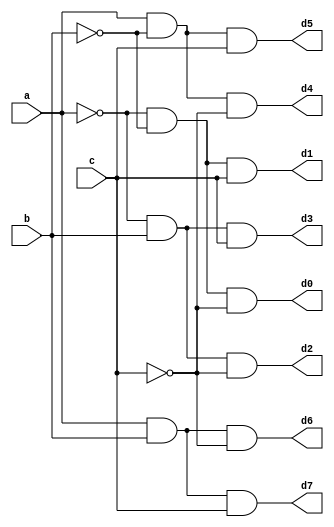
//3 to 8 decoder design
module Decoder(a,b,c,d0,d1,d2,d3,d4,d5,d6,d7);
	input a,b,c;
	output d0,d1,d2,d3,d4,d5,d6,d7;
	assign d0=(~a&~b&~c),
	d1=(~a&~b&c),
	d2=(~a&b&~c),
	d3=(~a&b&c),
	d4=(a&~b&~c),
	d5=(a&~b&c),
	d6=(a&b&~c),
	d7=(a&b&c);
endmodule
//simulation or testbench
module TestModule;
	reg a;
	reg b;
	reg c;
	wire d0;
	wire d1;
	wire d2;
	wire d3;
	wire d4;
	wire d5;
	wire d6;
	wire d7;
	Decoder uut (.a(a),.b(b),.c(c),.d0(d0),.d1(d1),.d2(d2),.d3(d3),.d4(d4),.d5(d5),.d6(d6),.d7(d7));
	initial begin
		a = 0;
		b = 0;
		c = 0;
		#100;
		a = 1;
		b = 0;
		c = 1;
		#100;
	end
endmodule